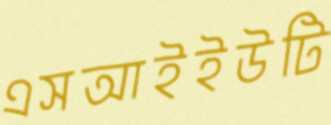
এসআইইউটি